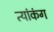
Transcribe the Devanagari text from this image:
त्यांकंग